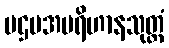
ပဌမအပရိဟာနသုတ္တံ